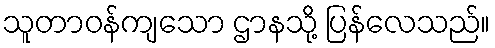
သူတာဝန်ကျသော ဌာနသို့ ပြန်လေသည်။